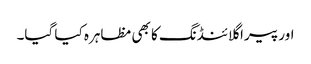
اور پیرا گلائنڈنگ کا بھی مظاہرہ کیا گیا۔